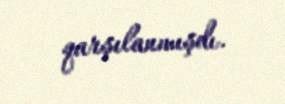
qarşılanmışdı.